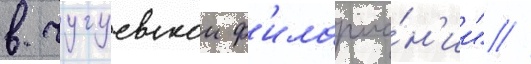
в чугуевскои ф'илармо́н'ии" //